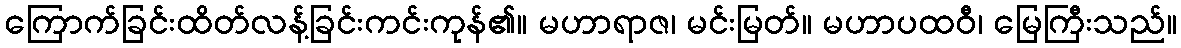
ကြောက်ခြင်းထိတ်လန့်ခြင်းကင်းကုန်၏။ မဟာရာဇ၊ မင်းမြတ်။ မဟာပထဝီ၊ မြေကြီးသည်။